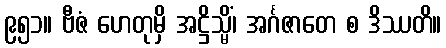
၉၅၁။ ဗီဇံ ဟေတုမှိ အဋ္ဌိသ္မိံ၊ အင်္ဂဇာတေ စ ဒိဿတိ။